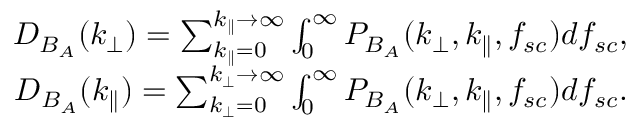
\begin{array} { r } { D _ { B _ { A } } ( k _ { \perp } ) = \sum _ { k _ { \parallel } = 0 } ^ { k _ { \parallel } \rightarrow \infty } \int _ { 0 } ^ { \infty } P _ { B _ { A } } ( k _ { \perp } , k _ { \parallel } , f _ { s c } ) d f _ { s c } , } \\ { D _ { B _ { A } } ( k _ { \parallel } ) = \sum _ { k _ { \perp } = 0 } ^ { k _ { \perp } \rightarrow \infty } \int _ { 0 } ^ { \infty } P _ { B _ { A } } ( k _ { \perp } , k _ { \parallel } , f _ { s c } ) d f _ { s c } . } \end{array}